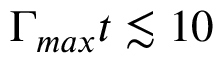
\Gamma _ { m a x } t \lesssim 1 0